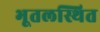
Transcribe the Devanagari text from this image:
भूतलस्थित